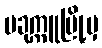
ပခုက္ကူမြို့မှ